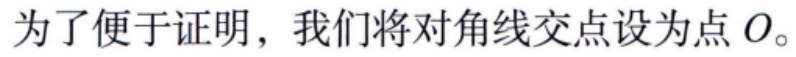
为了便于证明，我们将对角线交点设为点 \(O\)。